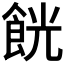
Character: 𱃧